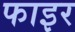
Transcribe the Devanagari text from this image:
फाइर